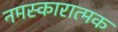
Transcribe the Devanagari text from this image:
नमस्कारात्मक